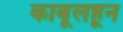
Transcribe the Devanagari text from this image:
काबूलहून